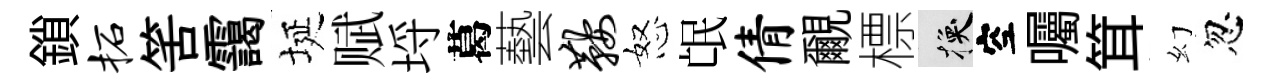
鎖柘筈靄埏赋埓葛藝鞍怒氓倩覼標换空囑䇯幻忽